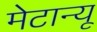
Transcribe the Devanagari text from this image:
मेटान्यू